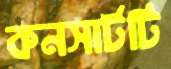
কনসার্টটি